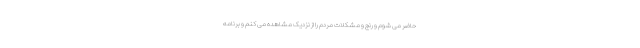
حاضر می شوم و رنج و مشکلات مردم را از نزدیک مشاهده می کنم و برنامه